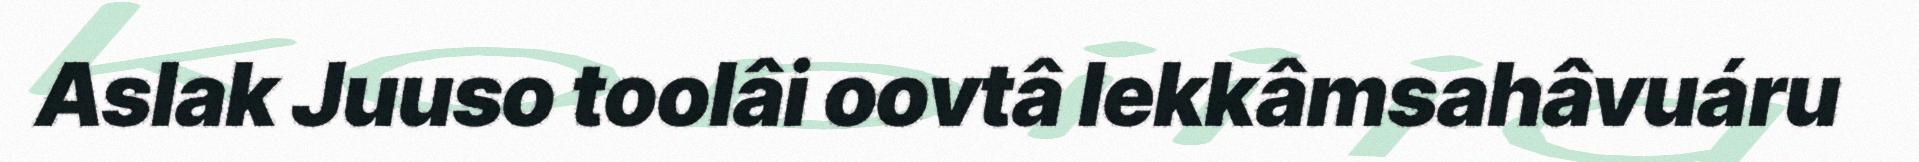
Aslak Juuso toolâi oovtâ lekkâmsahâvuáru